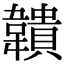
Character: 𩏡